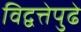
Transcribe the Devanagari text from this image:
विद्वत्तेपुढे